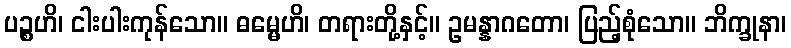
ပဉ္စဟိ၊ ငါးပါးကုန်သော။ ဓမ္မေဟိ၊ တရားတို့နှင့်။ ဥမန္နာဂတော၊ ပြည့်စုံသော။ ဘိက္ခုနာ၊